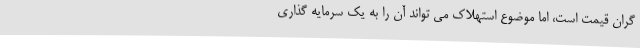
گران قیمت است، اما موضوع استهلاک می تواند آن را به یک سرمایه گذاری